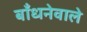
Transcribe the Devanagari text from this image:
बाँधनेवाले